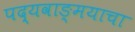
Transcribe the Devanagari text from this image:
पद्यवाङ्मयाचा